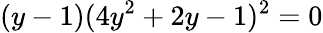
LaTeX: (y-1)(4y^{2}+2y-1)^{2}=0